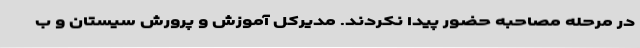
در مرحله مصاحبه حضور پیدا نکردند. مدیرکل آموزش و پرورش سیستان و ب